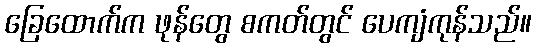
ခြေထောက်က ဖုန်တွေ စကတ်တွင် ပေကျံကုန်သည်။